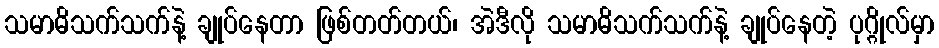
သမာဓိသက်သက်နဲ့ ချုပ်နေတာ ဖြစ်တတ်တယ်၊ အဲဒီလို သမာဓိသက်သက်နဲ့ ချုပ်နေတဲ့ ပုဂ္ဂိုလ်မှာ